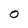
Character: O